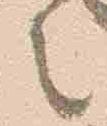
言